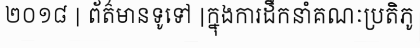
២០១៨ | ព័ត៌មានទូទៅ |ក្នុងការដឹកនាំគណៈប្រតិភូ